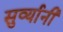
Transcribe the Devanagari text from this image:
सुर्व्यानी